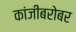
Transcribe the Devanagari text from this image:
कांजीबरोबर